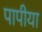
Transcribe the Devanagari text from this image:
पापीया